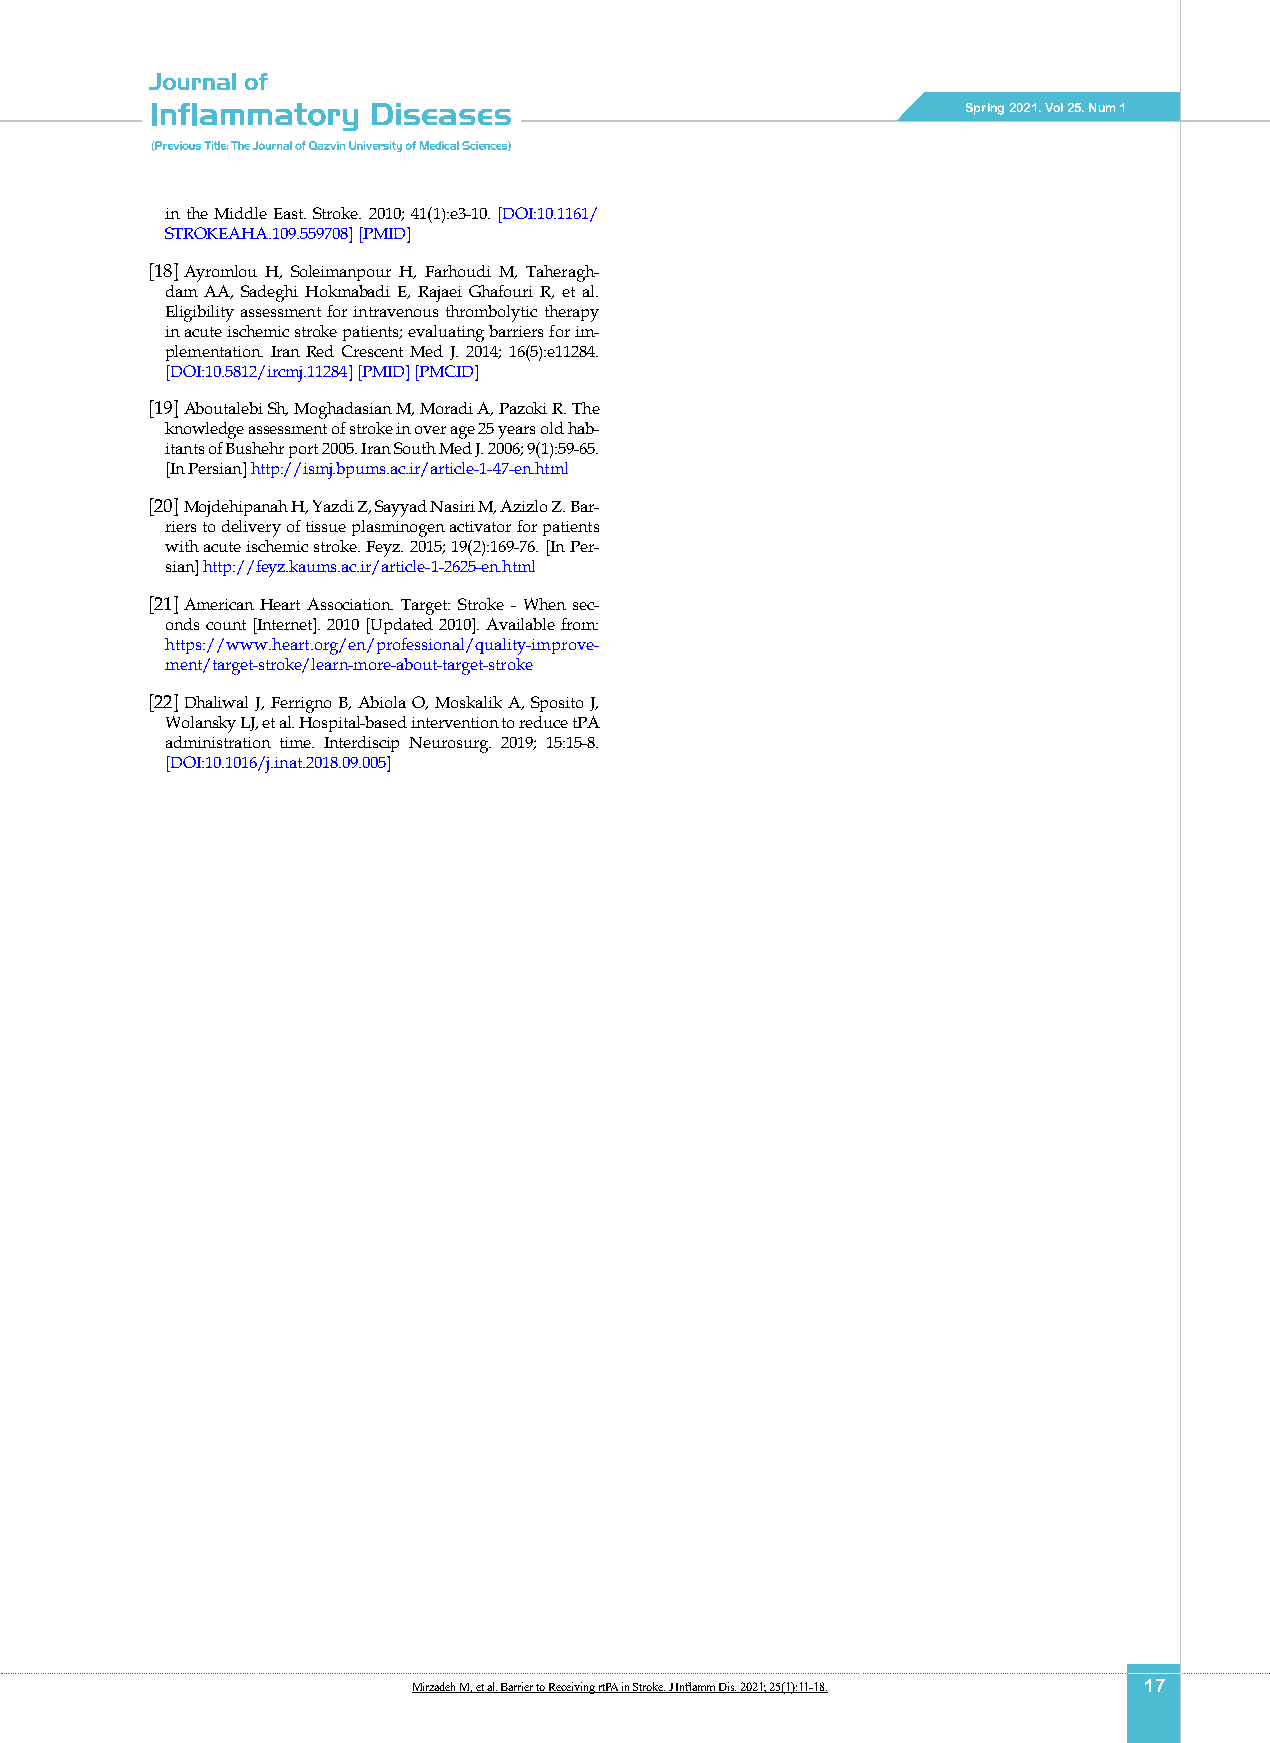
Spring 2021. Vol 25. Num 1
 in the Middle East. Stroke. 2010; 41(1):e3-10. [DOI:10.1161/
 STROKEAHA.109.559708] [PMID]
 [18] Ayromlou H, Soleimanpour H, Farhoudi M, Taheragh-
 dam AA, Sadeghi Hokmabadi E, Rajaei Ghafouri R, et al.
 Eligibility assessment for intravenous thrombolytic therapy
 in acute ischemic stroke patients; evaluating barriers for im-
 plementation. Iran Red Crescent Med J. 2014; 16(5):e11284.
 [DOI:10.5812/ircmj.11284] [PMID] [PMCID]
 [19] Aboutalebi Sh, Moghadasian M, Moradi A, Pazoki R. The
 knowledge assessment of stroke in over age 25 years old hab-
 itants of Bushehr port 2005. Iran South Med J. 2006; 9(1):59-65.
 [In Persian] http://ismj.bpums.ac.ir/article-1-47-en.html
 [20] Mojdehipanah H, Yazdi Z, Sayyad Nasiri M, Azizlo Z. Bar-
 riers to delivery of tissue plasminogen activator for patients
 with acute ischemic stroke. Feyz. 2015; 19(2):169-76. [In Per-
 sian] http://feyz.kaums.ac.ir/article-1-2625-en.html
 [21] American Heart Association. Target: Stroke - When sec-
 onds count [Internet]. 2010 [Updated 2010]. Available from:
 https://www.heart.org/en/professional/quality-improve-
 ment/target-stroke/learn-more-about-target-stroke
 [22] Dhaliwal J, Ferrigno B, Abiola O, Moskalik A, Sposito J,
 Wolansky LJ, et al. Hospital-based intervention to reduce tPA
 administration time. Interdiscip Neurosurg. 2019; 15:15-8.
 [DOI:10.1016/j.inat.2018.09.005]
 Mirzadeh M, et al. Barrier to Receiving rtPA in Stroke. J Inflamm Dis. 2021; 25(1):11-18. 17